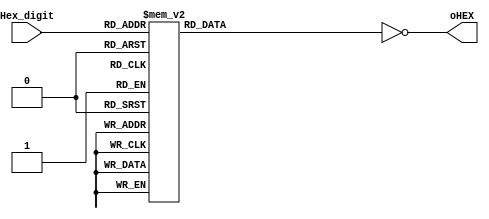
module DEC_7SEG(Hex_digit, oHEX);
input [3:0] Hex_digit;
output [6:0] oHEX;
reg [6:0] segment_data;
always @(Hex_digit)
case (Hex_digit)
        4'b 0000: segment_data = 7'b 0111111;
        4'b 0001: segment_data = 7'b 0000110;
        4'b 0010: segment_data = 7'b 1011011;
        4'b 0011: segment_data = 7'b 1001111;
        4'b 0100: segment_data = 7'b 1100110;
        4'b 0101: segment_data = 7'b 1101101;
        4'b 0110: segment_data = 7'b 1111101;
        4'b 0111: segment_data = 7'b 0000111;
        4'b 1000: segment_data = 7'b 1111111;
        4'b 1001: segment_data = 7'b 1101111;
        4'b 1010: segment_data = 7'b 1110111;
        4'b 1011: segment_data = 7'b 1111100;
        4'b 1100: segment_data = 7'b 0111001;
        4'b 1101: segment_data = 7'b 1011110;
        4'b 1110: segment_data = 7'b 1111001;
        4'b 1111: segment_data = 7'b 1110001;
        default: segment_data = 7'b 0111110;
endcase
/* extract segment data bits and invert */
/* LED driver circuit is inverted */
assign oHEX  = ~segment_data;
endmodule



/*
wire SEG0,SEG1,SEG2,SEG3
DEC_7SEG hex0(
	         .Hex_digit(SEG0),
             .oHEX(HEX0_D)
	        );

DEC_7SEG hex1(
	         .Hex_digit(SEG1),
             .oHEX(HEX1_D)
	        );

DEC_7SEG hex2(
	         .Hex_digit(SEG2),
             .oHEX(HEX2_D)
	        );

DEC_7SEG hex3(
	         .Hex_digit(SEG3),
             .oHEX(HEX3_D)
	        );